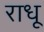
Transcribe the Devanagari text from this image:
राधू